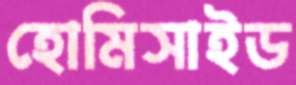
হোমিসাইড